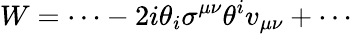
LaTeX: {\displaystyle W=\cdots-2i\theta_{i}\sigma^{\mu\nu}\theta^{i}v_{\mu\nu}+\cdots}